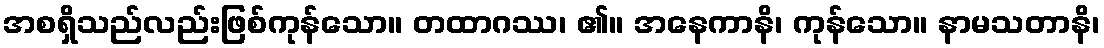
အစရှိသည်လည်းဖြစ်ကုန်သော။ တထာဂဿ၊ ၏။ အနေကာနိ၊ ကုန်သော။ နာမသတာနိ၊